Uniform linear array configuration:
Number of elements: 24
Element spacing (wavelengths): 0.75
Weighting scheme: exponential
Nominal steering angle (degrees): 0
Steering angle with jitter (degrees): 0.9744
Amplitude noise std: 0.05
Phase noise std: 0.05

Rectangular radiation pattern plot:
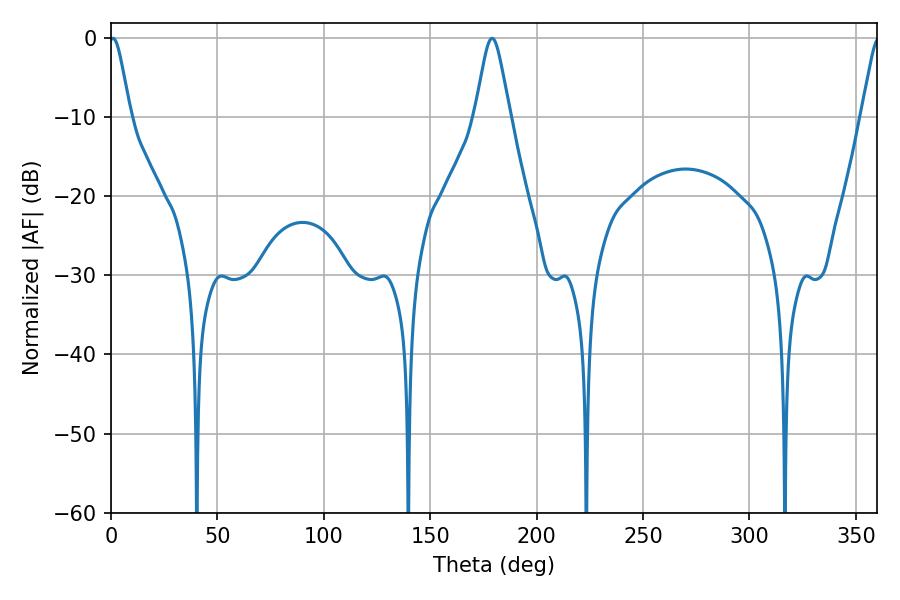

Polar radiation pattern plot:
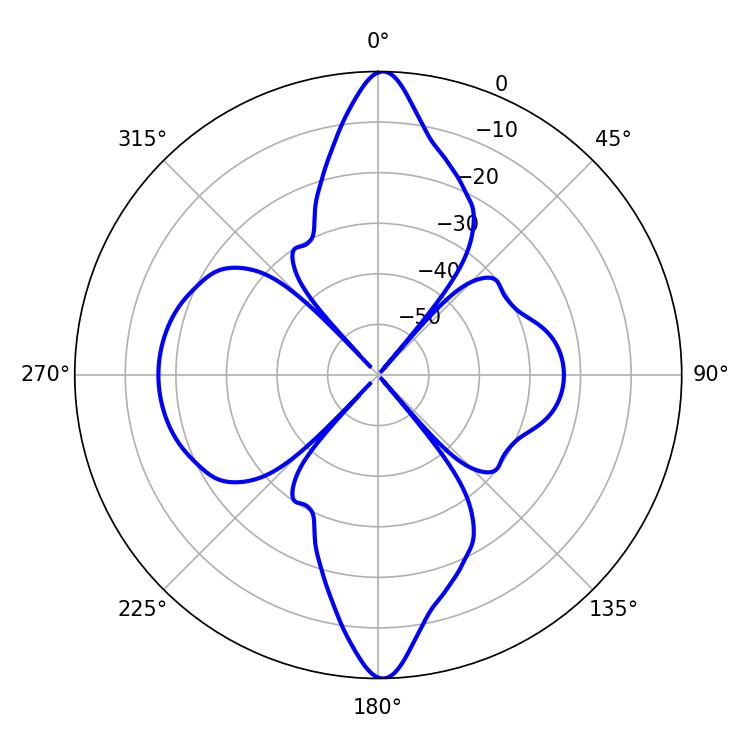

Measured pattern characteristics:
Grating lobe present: TRUE
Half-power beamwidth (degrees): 4.86
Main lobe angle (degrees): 0.9